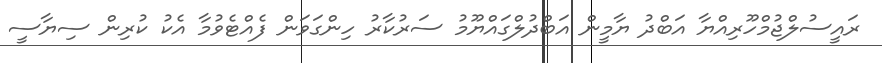
ރައީސުލްޖުމްހޫރިއްޔާ އަބްދު ޔާމީން އަބްދުލްގައްޔޫމު ސަރުކާރު ހިންގަވަން ފެއްޓެވުމާ އެކު ކުރިން ސިޔާސީ